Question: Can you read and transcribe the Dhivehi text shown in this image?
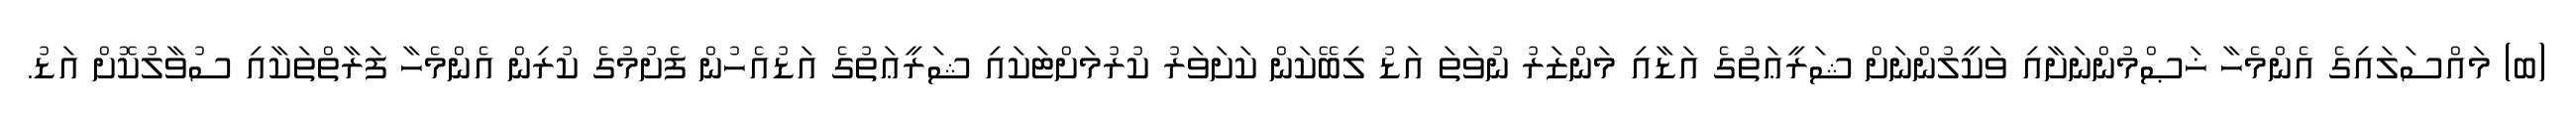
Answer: (ބ) މައްސަލައިގެ އެންމެހާ ޚަޞްމުންނަށާއި ވަކީލުންނަށް ޝަރީޢަތުގެ އަޑާއި މަންޒަރު ނުވަތަ އަޑު ލިބޭކަން ކަށަވަރު ކުރުމަށްޓަކައި ޝަރީޢަތުގެ އަޑުއެހުން ފެށުމުގެ ކުރިން އެންމެހާ ފަރާތްތަކާއި ސުވާލުކޮށް އަޑު.